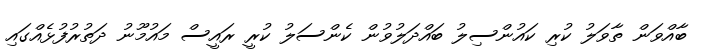
ބާއްވަން ތާވަލު ކުރި ކައުންސިލު ބައްދަލުވުން ކެންސަލު ކުރީ ރައީސް މައުމޫނު ދަތުރުފުޅެއްގައި